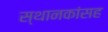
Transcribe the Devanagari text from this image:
स्थानकांसह